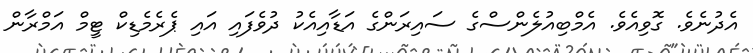
އެދުނެވެ. ގޮވިއެވެ. އެމްބިއުލެންސްގެ ސައިރަންގެ އަޑާއިއެކު ދުވެފައި އައި ޕެރެމެޑިކް ޓީމް އަމްރާން